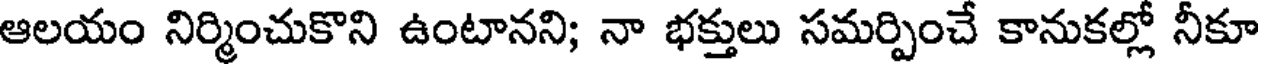
ఆలయం నిర్మించుకొని ఉంటానని; నా భక్తులు సమర్పించే కానుకల్లో నీకూ